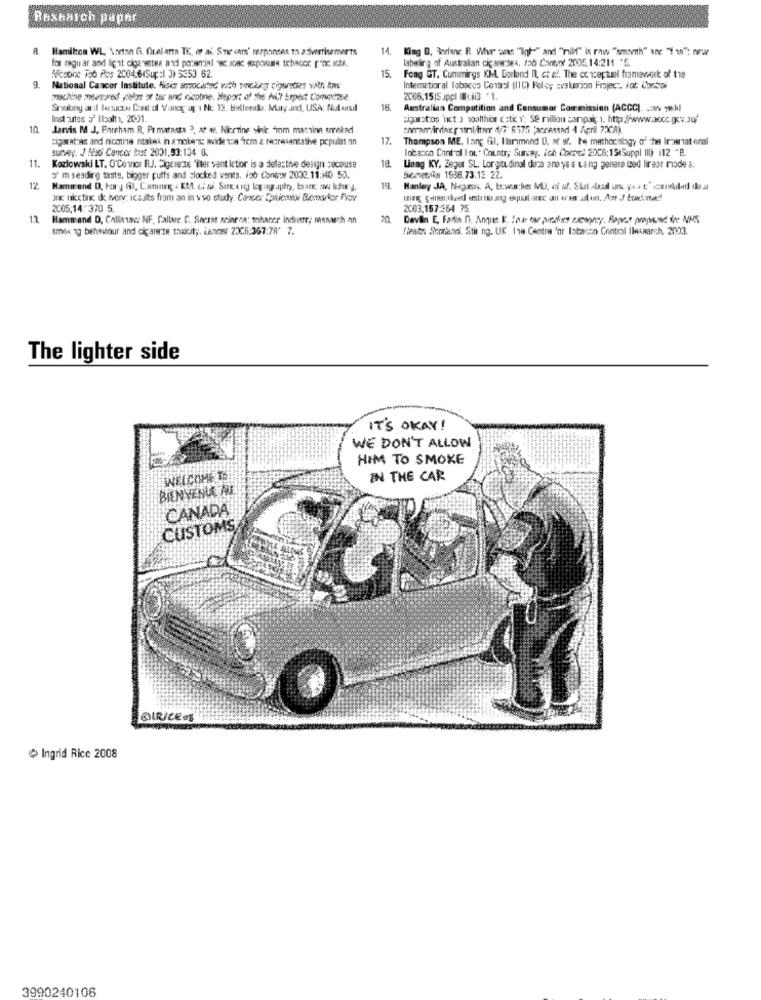
Rexhaich paper
R. Hamilton WL, \artan G. Ouel arta TK, or ai. Sne cans' responses to advertisemerts
14.
King B, Worfanc R. Where wes "Int-" and "milf" is raw ""smarth" anc. " w": wer
for maguar and light cigarettes and poverrial "BC aoac exposine tchador pac.Icte.
labeling of Australian cigare:tes. fab Comot 2005.14:211 "5.
Neodine Too Ros 2004.6(Sup :| 3) 5353 62.
15.
Fong GT. Cummings KM. Borlond R, et al. The conceptual framework of the
g.
National Cancer Institute. Hisis scrociatec with socking cigarettes with low
Internetioral tobacco Control (IIC) Feles avaluerion Projec. jot Corsoi
machine meerared gielos ot tar and ricotne. Hepart of the All Expert Comense
2006.15(Suppl cii3 "1.
Sriokny ard lacstu Canl'ol Vaneg ap:1 No. 12. bulleel. Mary and, USA: Nutonsil
18.
Australian Computition and Consumer Commission (ACC). 20 Tl
Inst curtos of Ibalt 1, 2091.
cigarotros "nict 3 malthios estik i': Se milion campaig 1. http://www.acce.gov.Juf
10
Jarvis M J. Pancham R. Pr matassa 3, ar er. Nicetine siekr. "mm mantine smoked
theram; irdar r atmliter 4/7" R575 "accessed 1 April 20CA)
sigaratoas and nicotine ntabes in a nobe's: avide se frem & regresantative pcpult an
17.
Thompson ME, lang Gl, Ilarimond D. at of. he mathocalbgy o' che Inzernat onal
survey. J Nadi Cancer fret 2001,93:134 0.
Incasoo Cant al lot. Country Survay. ich Comvel 2006:15(Suppl III) i12 'B.
18.
11. Kozlowski LT, O'Connor RJ. Cigerente 'iter vent letior is a delesthe design because
Liang KY, Zeper SL. Longitudinal dona and ys s Lang genera ized lireor riode s.
5' m sesdirg taste, bigger puffs and clocked vents. 196 Contoy 2002,11:10 50.
Sanetnia 1988,73:13 22.
12
19
Jnt nketink de ivory: icaults from an in vvo study. Cances Aplicada Blemikor Prov
2005,14: 370 5.
2003.157:364 75
12
Hammond D. Collinsav NF, Callare C. Spesse arinrea: thaner Industr; msnach an
Deviin E, Faria n). Anque K. low tar porschies czconney. Roper propwww. doc NHS
smos 1g behaviour and cigarete toxicity. iencet 2006:367:78' 7.
Steakna Scotland, Stir ng. UK 119 Centre 'or latasco Control Ilesaarch. 2033.
The lighter side
IT'S OKAY!
WE DON'T ALLOW
HIM TO SMOKE
WELCOMETE
IN THE CAR
BIENVENUE AU
CANADA
CUSTOMS
BIRICEOS
Ingrid Rice 2008
3990240106